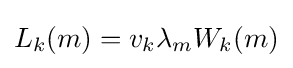
L_{k}(m)=v_{k}\lambda _{m}W_{k}(m)